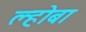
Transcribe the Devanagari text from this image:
ल्होबा